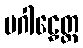
ပဂါဠှေတ္ထ